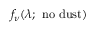
f _ { \nu } ( \lambda ; \mathrm { ~ n o ~ d u s t } )